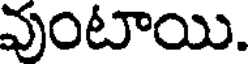
వుంటాయి.